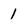
Character: 1